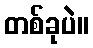
တစ်ခုပဲ။